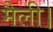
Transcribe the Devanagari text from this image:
मैली।